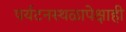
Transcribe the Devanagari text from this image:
पर्यटनस्थळापेक्षाही